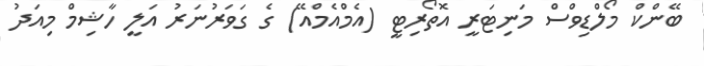
ބޭންކް މޯލްޑިވްސް މަނިޓަރީ އޮތޯރިޓީ (އެމްއެމްއޭ) ގެ ގަވަރުނަރު އަލީ ހާޝިމް މިއަދު